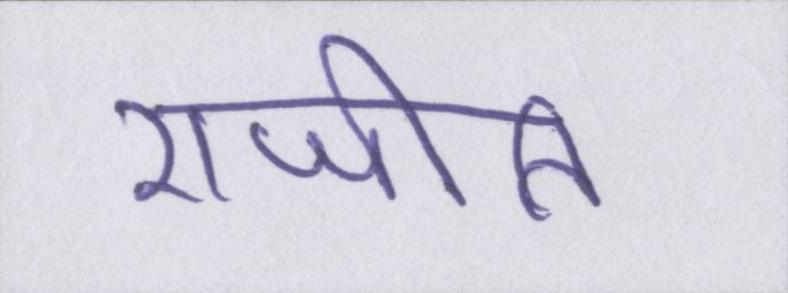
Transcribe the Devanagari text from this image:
राजीति